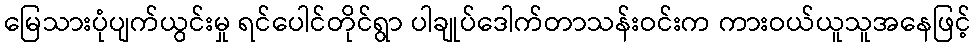
မြေသားပုံပျက်ယွင်းမှု ရင်ပေါင်တိုင်ရွာ ပါချုပ်ဒေါက်တာသန်းဝင်းက ကားဝယ်ယူသူအနေဖြင့်